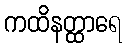
ကထိနတ္ထာရေ